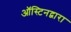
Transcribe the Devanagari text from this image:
ऑस्टिनद्वारा